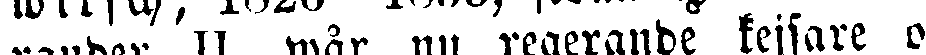
zander II wår nu regerande kejsare o